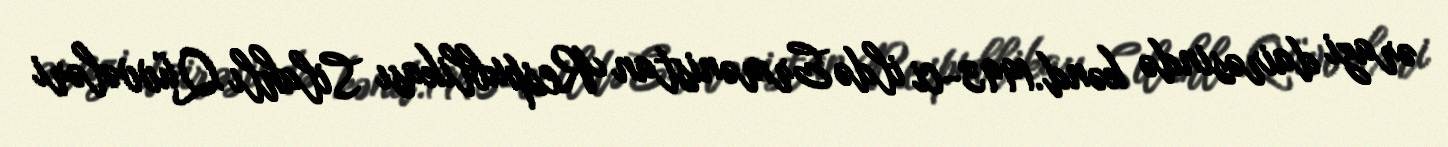
ərazi dairəsində kənd.1993-ci ildə Ermənistan Respublikası Silahlı Qüvvələri